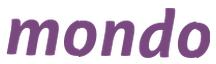
mondo